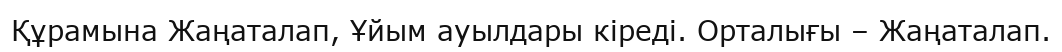
Құрамына Жаңаталап, Ұйым ауылдары кіреді. Орталығы – Жаңаталап.